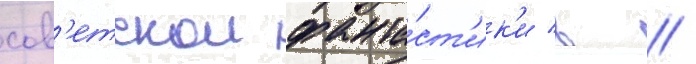
сов'етскои фанта́ст'ик'и в //